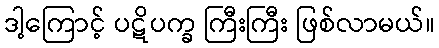
ဒါ့ကြောင့် ပဋိပက္ခ ကြီးကြီး ဖြစ်လာမယ်။